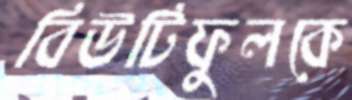
বিউটিফুলকে